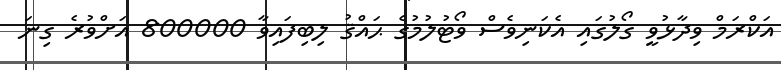
އަކްރަމް ވިދާޅުވީ ގޯލުގައި އެކަނިވެސް ވޯޓުލުމުގެ ޙައްޤު ލިބިފައިވާ 800000 އަށްވުރެ ގިނަ